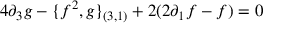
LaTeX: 4 \partial _ { 3 } g - \{ f ^ { 2 } , g \} _ { ( 3 , 1 ) } + 2 ( 2 \partial _ { 1 } f - f ) = 0